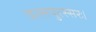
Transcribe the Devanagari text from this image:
वत्सपुरस्सरः।